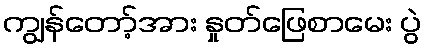
ကျွန်တော့်အား နှုတ်ဖြေစာမေး ပွဲ